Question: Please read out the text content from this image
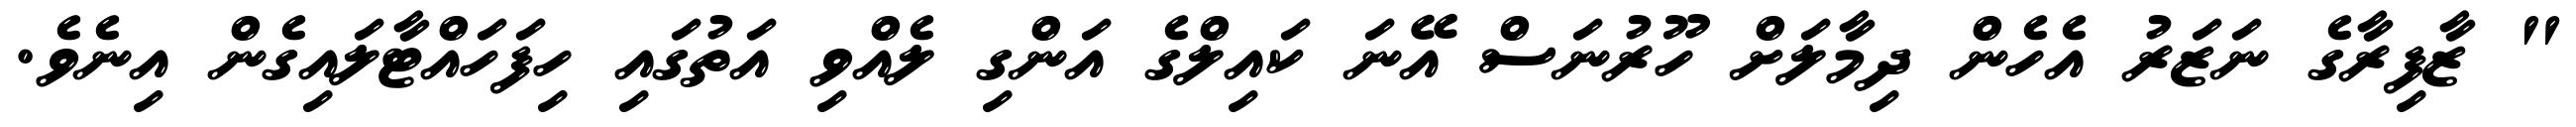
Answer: " ޒާފިރާގެ ނަޒަރު އެހެން ދިމާލަށް ހޫރުނަސް އޭނަ ކައިލްގެ އަންގި ލެއްވި އަތުގައި ހިފަހައްޓާލައިގެން އިނެވެ.